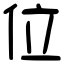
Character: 位